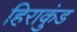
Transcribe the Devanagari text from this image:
हिराकुंड